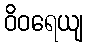
ဝိဝရေယျ